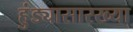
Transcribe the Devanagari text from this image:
हुंड्यासारख्या